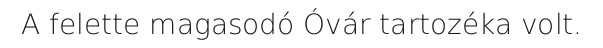
A felette magasodó Óvár tartozéka volt.